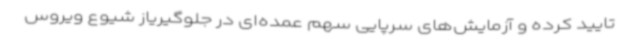
تایید کرده و آزمایش‌های سرپایی سهم عمده‌ای در جلوگیریاز شیوع ویروس